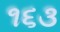
૧૬૩